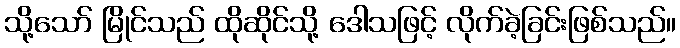
သို့သော် မြိုင်သည် ထိုဆိုင်သို့ ဒေါသဖြင့် လိုက်ခဲ့ခြင်းဖြစ်သည်။